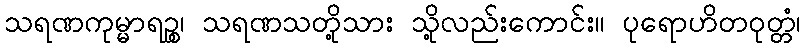
သရဏကုမ္မာရဉ္စ၊ သရဏသတို့သား သို့လည်းကောင်း။ ပုရောဟိတဝုတ္တံ၊